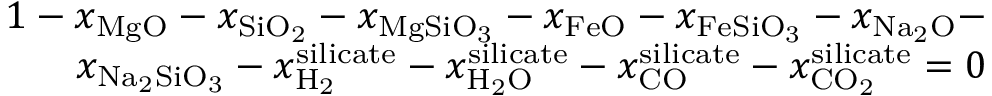
\begin{array} { r } { 1 - { x _ { \mathrm { { M g O } } } } - { x _ { { \mathrm { S i } } { \mathrm { { O } } _ { \mathrm { 2 } } } } } - { x _ { \mathrm { { M g S i } } { { \mathrm { O } } _ { \mathrm { { 3 } } } } } } - { x _ { { \mathrm { F e O } } } } - { x _ { \mathrm { { F e S i } } { { \mathrm { O } } _ { \mathrm { { 3 } } } } } } - { x _ { { \mathrm { N } } { \mathrm { { a } } _ { \mathrm { 2 } } } \mathrm { { O } } } } - } \\ { { x _ { { \mathrm { N } } { \mathrm { { a } } _ { \mathrm { 2 } } } \mathrm { { S i } } { { \mathrm { O } } _ { \mathrm { { 3 } } } } } } - x _ { { { \mathrm { H } } _ { \mathrm { { 2 } } } } } ^ { { \mathrm { s i l i c a t e } } } - x _ { { \mathrm { { H } } _ { \mathrm { 2 } } } \mathrm { { O } } } ^ { { \mathrm { s i l i c a t e } } } - x _ { \mathrm { { C O } } } ^ { { \mathrm { s i l i c a t e } } } - x _ { \mathrm { { C } } { { \mathrm { O } } _ { \mathrm { { 2 } } } } } ^ { { \mathrm { s i l i c a t e } } } = 0 } \end{array}